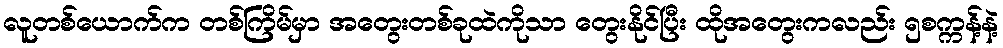
လူတစ်ယောက်က တစ်ကြိမ်မှာ အတွေးတစ်ခုထဲကိုသာ တွေးနိုင်ပြီး ထိုအတွေးကလည်း ၅စက္ကန့်နဲ့